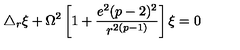
\triangle _ { r } \xi + \Omega ^ { 2 } \left[ 1 + \frac { e ^ { 2 } ( p - 2 ) ^ { 2 } } { r ^ { 2 ( p - 1 ) } } \right] \xi = 0